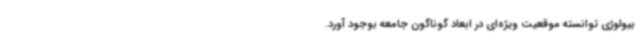
بیولوژی توانسته موقعیت ویژه‌ای در ابعاد گوناگون جامعه بوجود آورد.